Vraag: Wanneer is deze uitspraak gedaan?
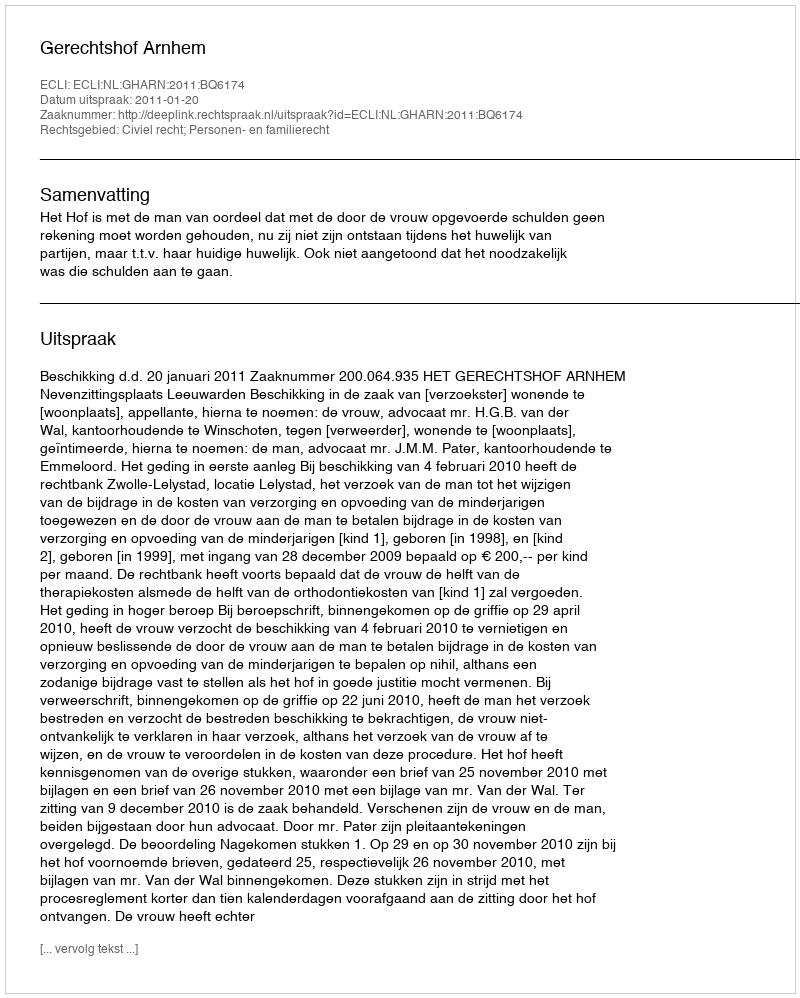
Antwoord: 2011-01-20